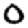
Digit: 0